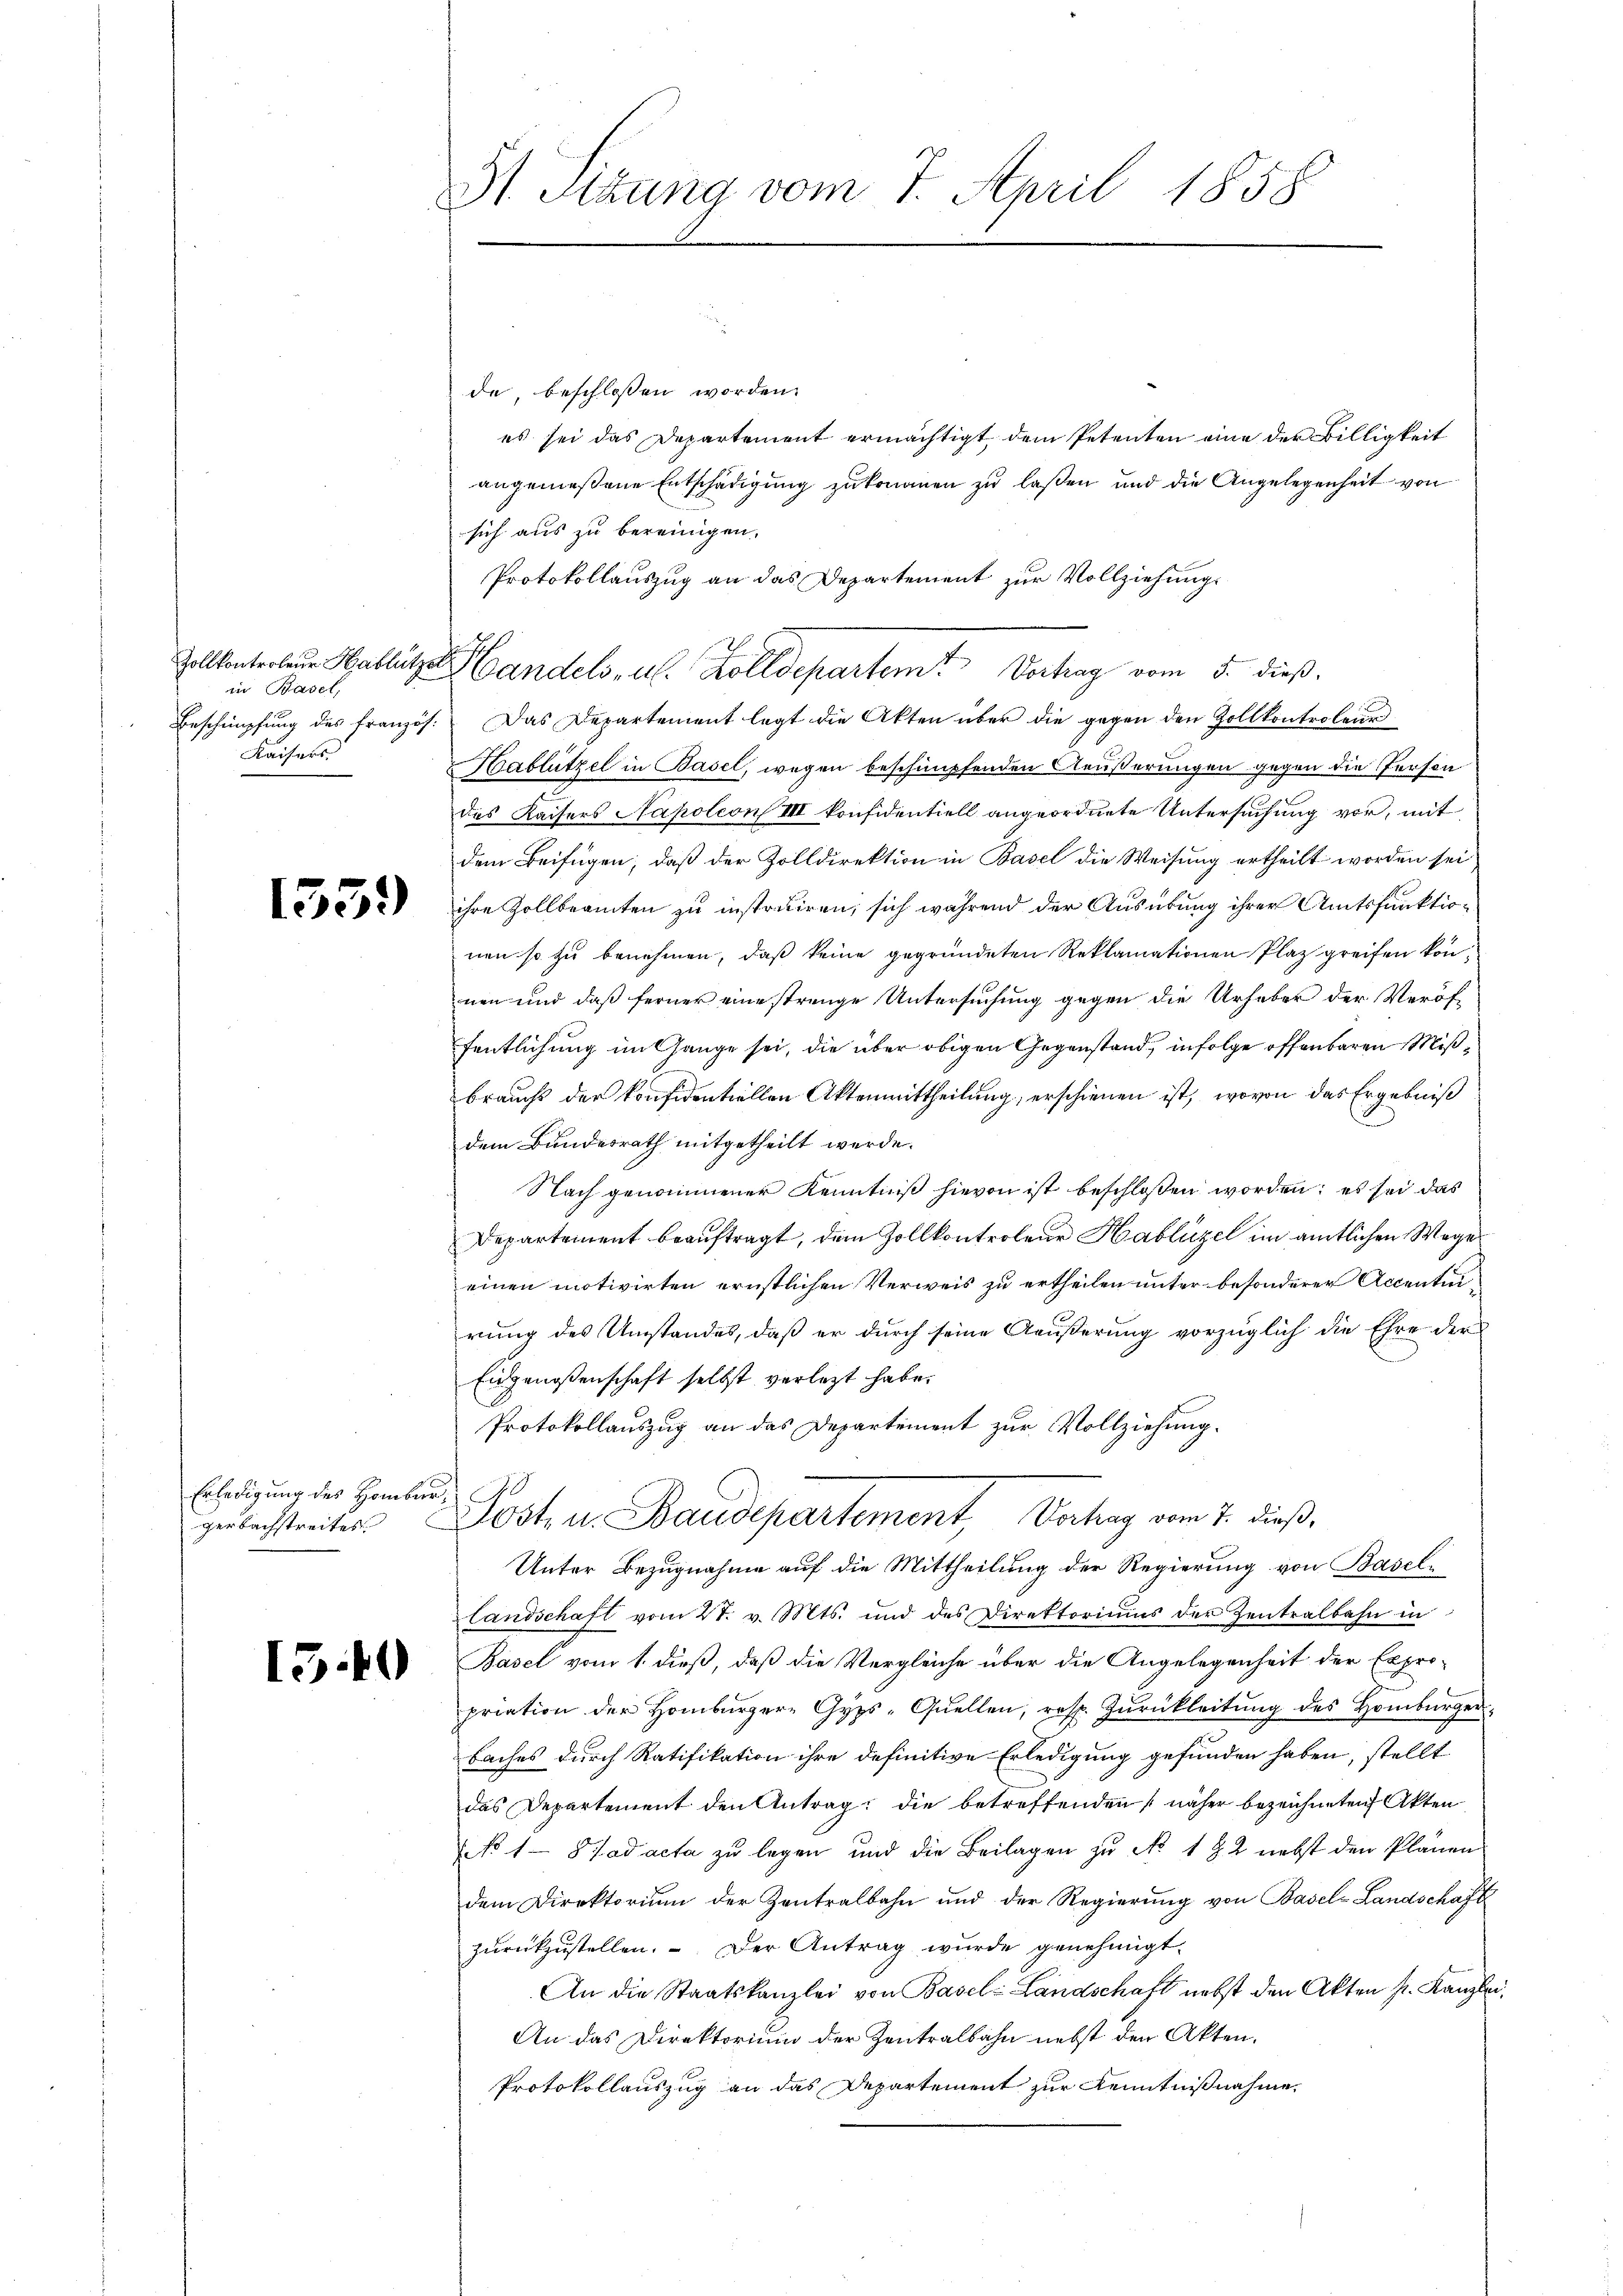
Zollkontroleur Hablützel
in Basel,
Beschimpfung des Französ.
Kaisers

1359)

Erledigung des Homburgerbachstreites

15.40

31. Situng vom 7. April 1858

de beschlossen worden.
es sei das Departement ermächtigt, dem Petenten eine der Billigkeit
angemeßene Entschädigung zukommen zu laßen und die Angelegenheit von
sich aus zu bereinigen.
Protokollauszug an das Departement zur Vollziehungs
Handels, als Zolldepartemt Vortrag vom 5. dieß.
Das Departement legt die Akten über die gegen den Zollkontroleur
Hablützel in Basel, wegen beschimpfenden Aeußerungen gegen die Person
des Kaisers Napoleon III konfidentiell angeordnete Untersuchung vor, mit
dem Beifügen, daß der Zolldirektion in Basel die Weisung ertheilt worden sei
ihre Zollbeamten zu instruiren, sich während der Ausübung ihrer Amtsfunktionen so zu benehmen, daß keine gegründeten Reklamationen Plaz greifen konnen und daß ferner eine strenge Untersuchung gegen die Urheber der Veröf-
fentlichung im Gange sei, die über obigen Gegenstand, infolge offenbaren Mißbraucht der konfidentiellen Aktenmittheilung, erschienen ist, wovon das Ergebniß
dem Bundesrath mitgetheilt werde.
Nach genommener Kenntniß hievon ist beschlossen worden; es sei das
Departement beauftragt, dem Zollkontroleur Hablüzel im amtlichen Wege
einen motivirten ernstlichen Verweis zu ertheilen unter besonderer Accentur
rung des Umstandes, daß er durch seine Aeußerung vorzüglich die Ehre der
Eidgenoßenschaft selbst verlegt habe.
Protokollauszug an das Departement zur Vollziehung.
Post u. Baudepartement, Vortrag vom 7. dieß,
Unter Bezugnahme auf die Mittheilung der Regierung von Basel¬
Landschaft vom 27. v. Mts. und des Direktoriums der Zentralbahn in
Basel vom 1. dieß, daß die Vergleiche über die Angelegenheit der Expro-
priation der Homburgere Gyps-Quellen, resp. Zurückleitung des Homburger
baches durch Ratifikation ihre definitive Erledigung gefunden haben, stellt
das Departement den Antrag: die betreffenden näher bezeichneten Akten
NNo. 18 Jad acta zu legen und die Beilagen zu No 192 nebst den Plänen
dem Direktorium der Zentralbahn und der Regierung von Basel-Landschaft
zŭrückzustellen. Der Antrag wurde genehmigt.
An die Staatskanzlei von Basel-Landschaft nebst den Akten pr. Kanzle
An das Direktorium der Zentralbahn nebst den Akten.
Protokollauszug an das Departement zur Kenntnißnahme,